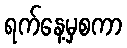
ရက်နေ့မှစကာ